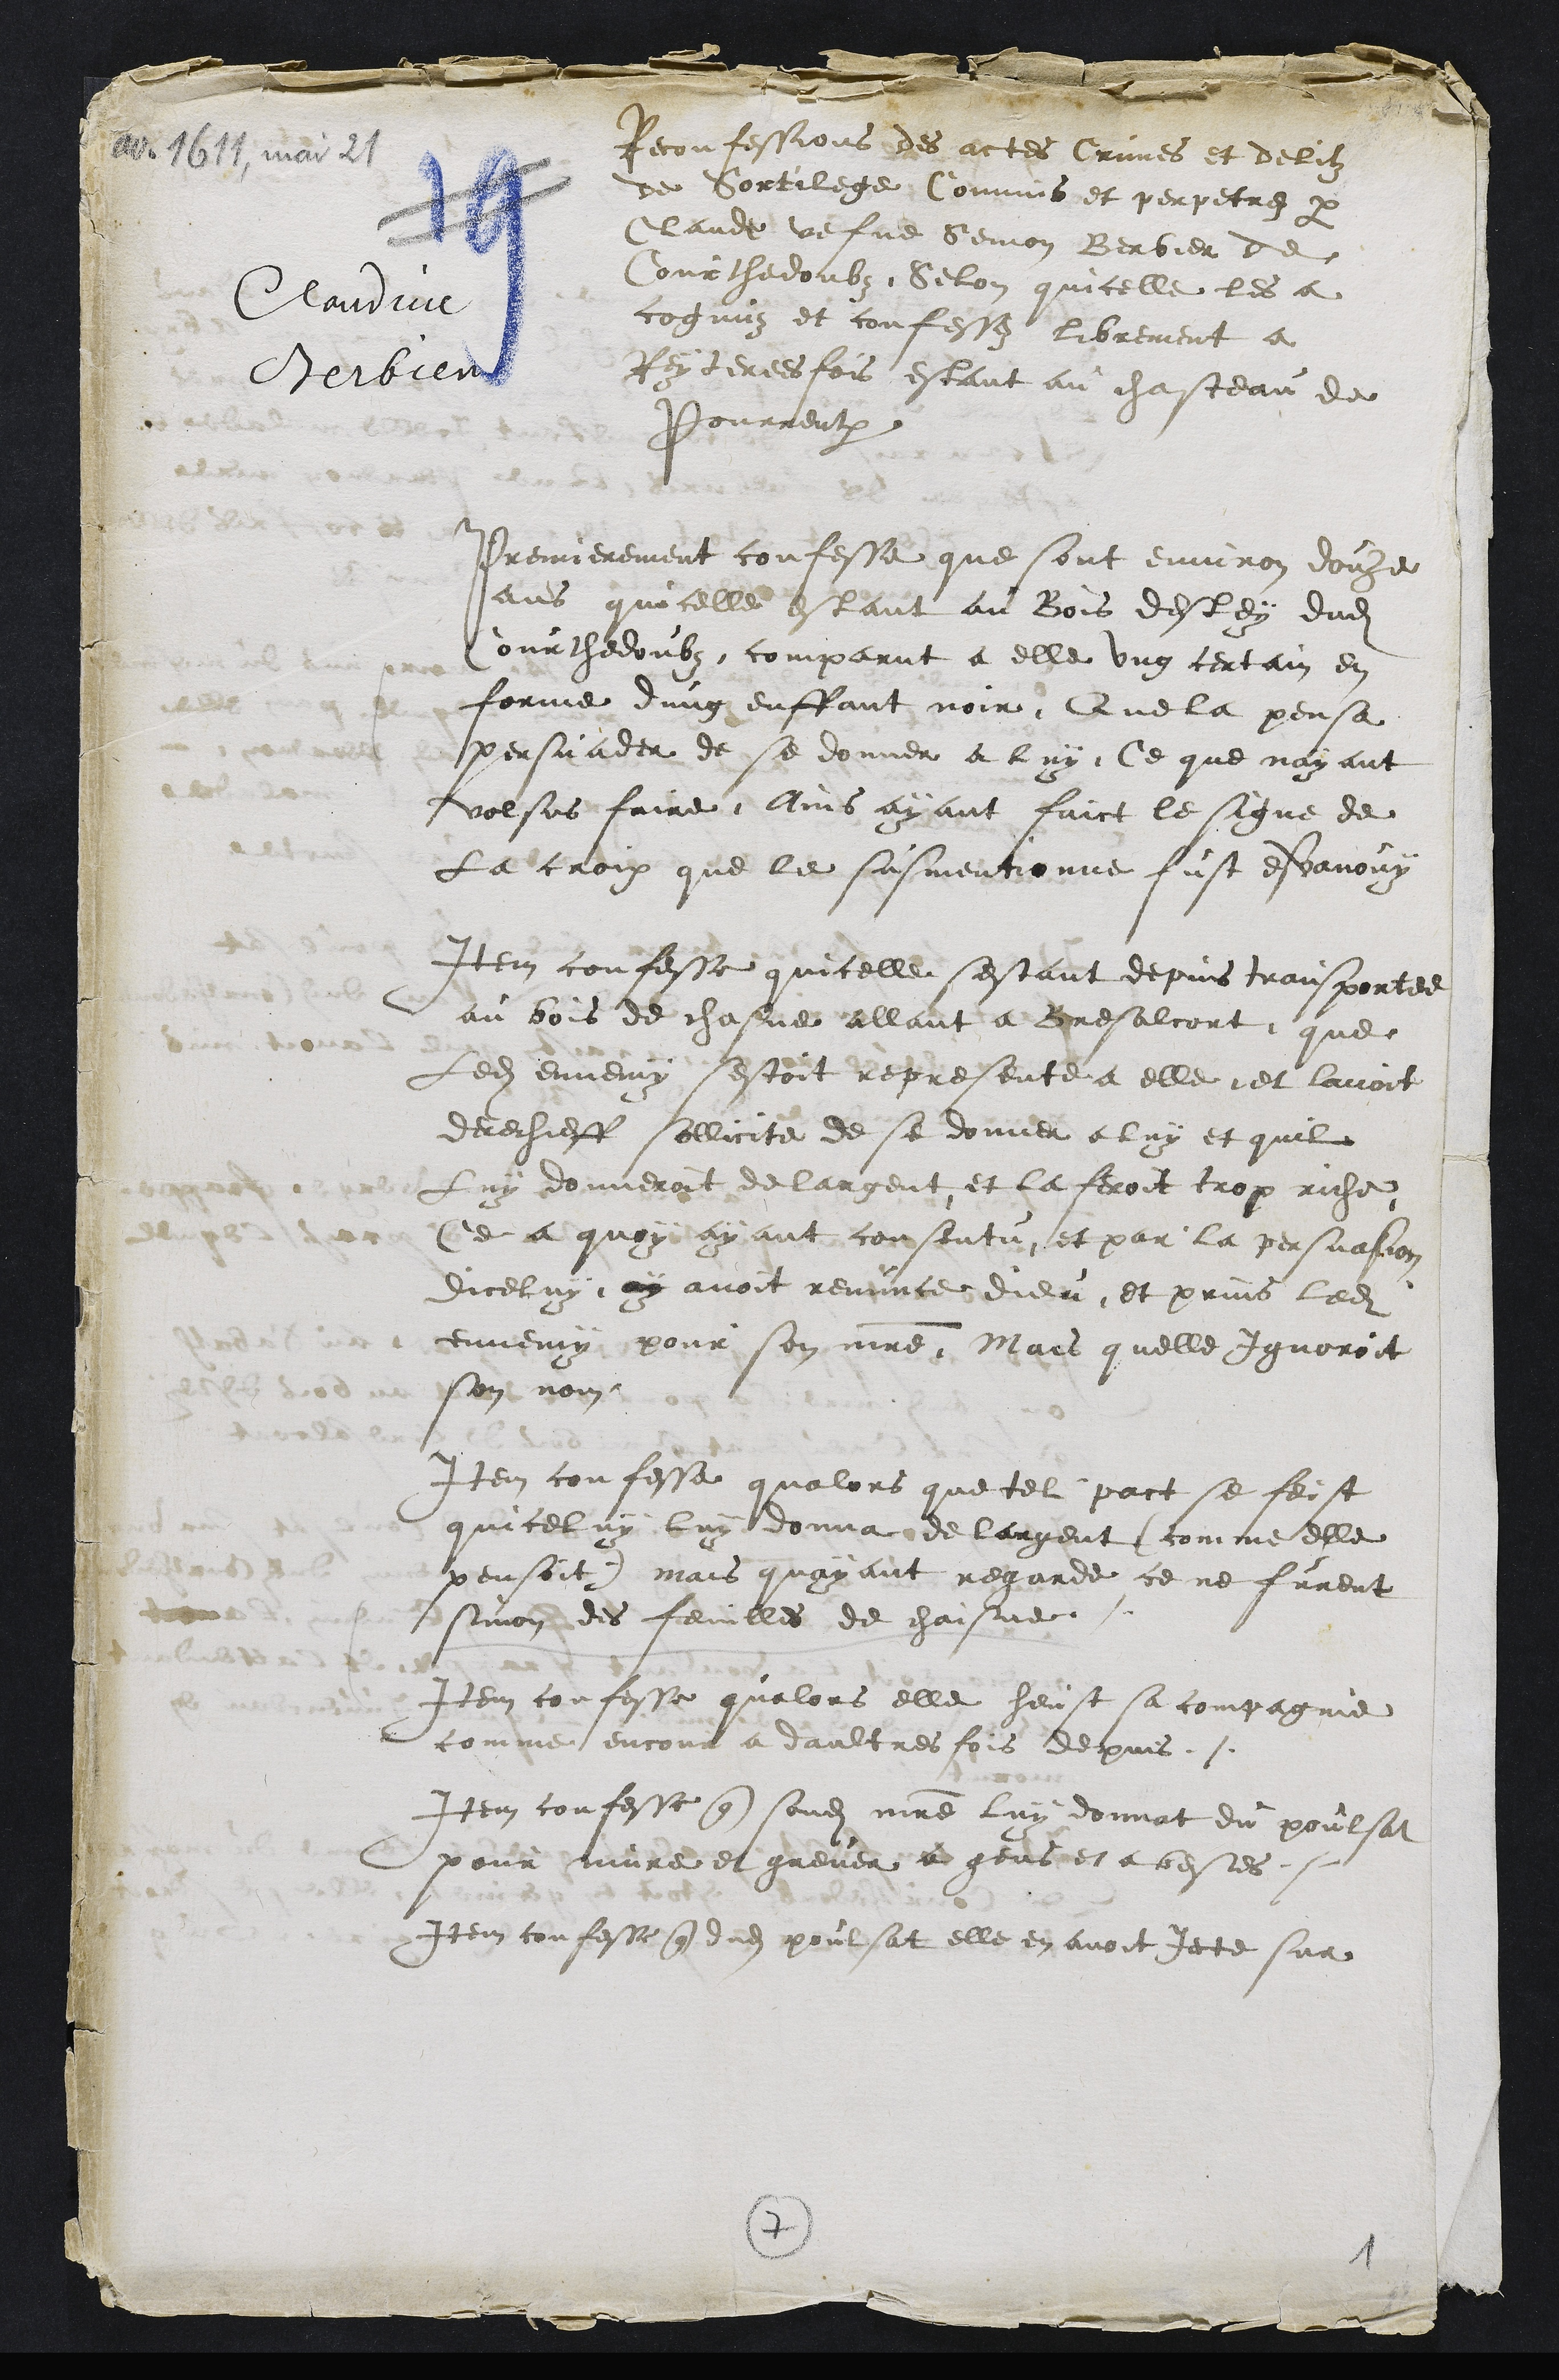
Claudine
Berbier
Reconfessions des actes Crimes et delitz
de Sortilege Commis et perpetrez par
Claude vefve Semon Berbier de
Courthedoubz, Selon quicelle les a
cognuz et confessez librement a
Reyterees fois estant au chasteau de
Pourrentruy
Premierement confesse que sont environ douze
ans quicelle estant au Bois destey dudit
Courthedoubz comparut a elle ung certain en
forme dung enffant noir Que la pensa
persuader de se donner a luy Ce que nayant
volsus faire Ains ayant faict le signe de
La croix que le susmentionne fust esvanouy
Item confesse quicelle sestant depuis transportee
au bois de chasne allant a Bresalcort que
Ledit ennemy sestoit represente a elle, et lavoit
derechieff sollicite de se donner a luy et quil
Luy donneroit de largent et la feroit trop riche
Ce a quoy ayant consentu et par la persuasion
diceluy ay avoit renunce dieu et prins ledit
ennemy pour son maitre, Mais quelle Ignoroit
son nom
Item confesse qualors que tel pact se feist
quiceluy luy donna de largent comme elle
pensoit mais quayant regarde ce ne furent
sinon des feuilles de chaisne
Item confesse qualors elle heust sa compagnie
comme encour a daultres fois depuis /
Item confesse que sondit maitre luy donnat du poulsat
pour nuire et grever a gens et a bestes /
Item confesse que dudit poulsat elle en avoit Jecte sur